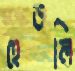
হেডলি